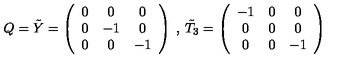
Q = \tilde { Y } = \left( \begin{array} { c c c } { 0 } & { 0 } & { 0 } \\ { 0 } & { - 1 } & { 0 } \\ { 0 } & { 0 } & { - 1 } \\ \end{array} \right) \: , \: \tilde { T } _ { 3 } = \left( \begin{array} { c c c } { - 1 } & { 0 } & { 0 } \\ { 0 } & { 0 } & { 0 } \\ { 0 } & { 0 } & { - 1 } \\ \end{array} \right)